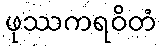
ဖုဿကရဝိတံ